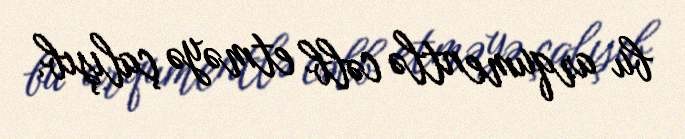
bu arqumentlə cəlb etməyə çalışıb.